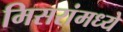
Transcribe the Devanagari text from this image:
मिसरांमध्ये